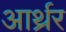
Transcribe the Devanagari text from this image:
आर्थ्रर